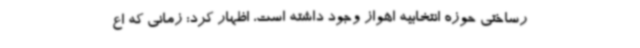
رساختی حوزه انتخابیه اهواز وجود داشته است، اظهار کرد: زمانی که اع